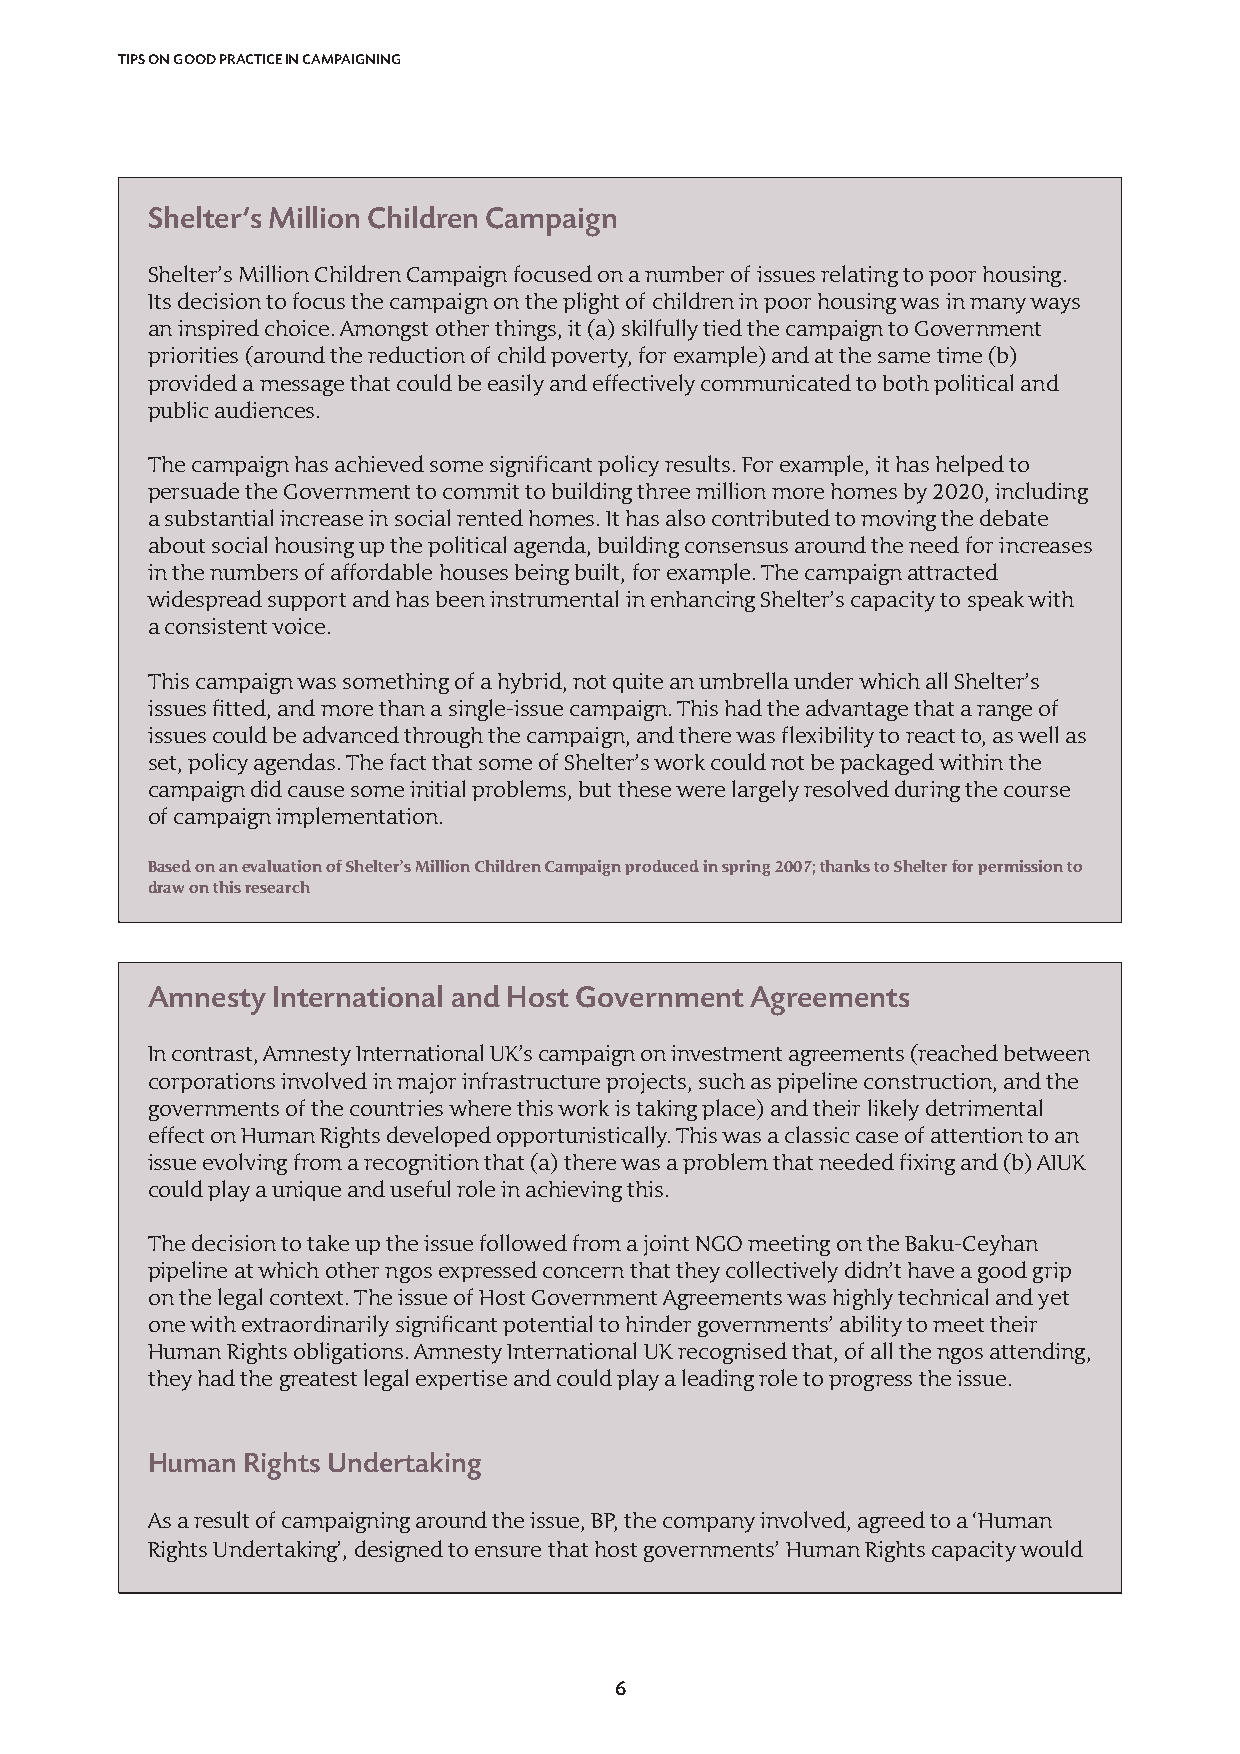
TIPS ON GOOD PRACTICE IN CAMPAIGNING
 Shelter’s Million Children Campaign
 Shelter’s Million Children Campaign focused on a number of issues relating to poor housing.
 Its decision to focus the campaign on the plight of children in poor housing was in many ways
 an inspired choice. Amongst other things, it (a) skilfully tied the campaign to Government
 priorities (around the reduction of child poverty, for example) and at the same time (b)
 provided a message that could be easily and effectively communicated to both political and
 public audiences.
 The campaign has achieved some significant policy results. For example, it has helped to
 persuade the Government to commit to building three million more homes by 2020, including
 a substantial increase in social rented homes. It has also contributed to moving the debate
 about social housing up the political agenda, building consensus around the need for increases
 in the numbers of affordable houses being built, for example. The campaign attracted
 widespread support and has been instrumental in enhancing Shelter’s capacity to speak with
 a consistent voice.
 This campaign was something of a hybrid, not quite an umbrella under which all Shelter’s
 issues fitted, and more than a single-issue campaign. This had the advantage that a range of
 issues could be advanced through the campaign, and there was flexibility to react to, as well as
 set, policy agendas. The fact that some of Shelter’s work could not be packaged within the
 campaign did cause some initial problems, but these were largely resolved during the course
 of campaign implementation.
 Based on an evaluation of Shelter’s Million Children Campaign produced in spring 2007; thanks to Shelter for permission to
 draw on this research
 Amnesty International and Host Government Agreements
 In contrast, Amnesty International UK’s campaign on investment agreements (reached between
 corporations involved in major infrastructure projects, such as pipeline construction, and the
 governments of the countries where this work is taking place) and their likely detrimental
 effect on Human Rights developed opportunistically. This was a classic case of attention to an
 issue evolving from a recognition that (a) there was a problem that needed fixing and (b) AIUK
 could play a unique and useful role in achieving this.
 The decision to take up the issue followed from a joint NGO meeting on the Baku-Ceyhan
 pipeline at which other ngos expressed concern that they collectively didn’t have a good grip
 on the legal context. The issue of Host Government Agreements was highly technical and yet
 one with extraordinarily significant potential to hinder governments’ ability to meet their
 Human Rights obligations. Amnesty International UK recognised that, of all the ngos attending,
 they had the greatest legal expertise and could play a leading role to progress the issue.
 Human Rights Undertaking
 As a result of campaigning around the issue, BP, the company involved, agreed to a ‘Human
 Rights Undertaking’, designed to ensure that host governments’ Human Rights capacity would
 6